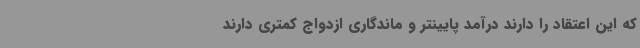
که این اعتقاد را دارند درآمد پایینتر و ماندگاری ازدواج کمتری دارند